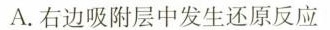
A.右边吸附层中发生还原反应